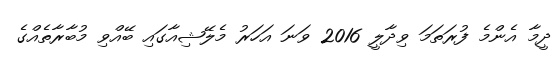
ދީމާ އެންމެ ފުރަތަމަ ވިދާލީ 2016 ވަނަ އަހަރު މެލޭޝިއާގައި ބޭއްވި މުބާރާތެއްގެ